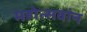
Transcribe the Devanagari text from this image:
महोत्सवांन